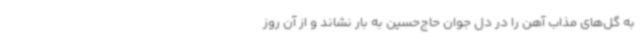
به گل‌های مذاب آهن را در دل جوان حاج‌حسین به بار نشاند و از آن روز